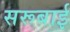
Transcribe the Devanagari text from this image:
सरूबाई